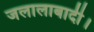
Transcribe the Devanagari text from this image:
जलालाबादी।